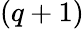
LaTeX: (q+1)